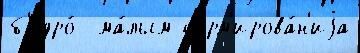
б'едро́  ма́лым форм'ирова́н'иjа